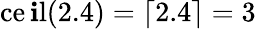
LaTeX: \operatorname{ce\mathbf{i}l}(2.4)=\lceil2.4\rceil=3